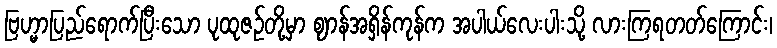
ဗြဟ္မာပြည်ရောက်ပြီးသော ပုထုဇဉ်တို့မှာ ဈာန်အရှိန်ကုန်က အပါယ်လေးပါးသို့ လားကြရတတ်ကြောင်း၊